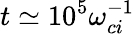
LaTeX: t\simeq 10^{5}\omega_{ci}^{-1}